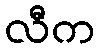
လီက